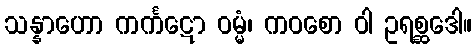
သန္နာဟော ကင်္ကဋော ဝမ္မံ၊ ကဝစော ဝါ ဥရစ္ဆဒေါ။